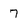
Character: 7